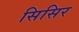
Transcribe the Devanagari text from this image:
सिसिर